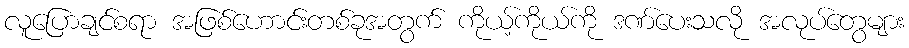
လူပြောချင်စရာ အဖြစ်ဟောင်းတစ်ခုအတွက် ကိုယ့်ကိုယ်ကို ဒဏ်ပေးသလို အလုပ်တွေများ